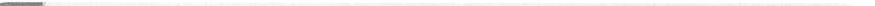
___